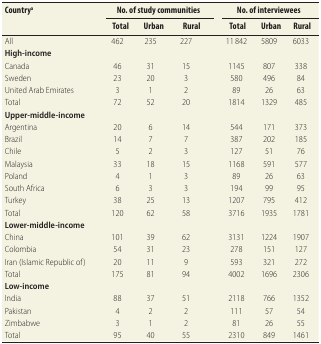
<table><thead><tr><td rowspan="2"><b>Country<sup>a</sup></b></td><td colspan="3"><b>No. of study communities</b></td><td rowspan="2"></td><td colspan="3"><b>No. of interviewees</b></td></tr><tr><td><b>Total</b></td><td><b>Urban</b></td><td><b>Rural</b></td><td><b>Total</b></td><td><b>Urban</b></td><td><b>Rural</b></td></tr></thead><tbody><tr><td>All</td><td>462</td><td>235</td><td>227</td><td></td><td>11 842</td><td>5809</td><td>6033</td></tr><tr><td><b>High-income</b></td><td></td><td></td><td></td><td></td><td></td><td></td><td></td></tr><tr><td>Canada</td><td>46</td><td>31</td><td>15</td><td></td><td>1145</td><td>807</td><td>338</td></tr><tr><td>Sweden</td><td>23</td><td>20</td><td>3</td><td></td><td>580</td><td>496</td><td>84</td></tr><tr><td>United Arab Emirates</td><td>3</td><td>1</td><td>2</td><td></td><td>89</td><td>26</td><td>63</td></tr><tr><td>Total</td><td>72</td><td>52</td><td>20</td><td></td><td>1814</td><td>1329</td><td>485</td></tr><tr><td><b>Upper-middle-income</b></td><td></td><td></td><td></td><td></td><td></td><td></td><td></td></tr><tr><td>Argentina</td><td>20</td><td>6</td><td>14</td><td></td><td>544</td><td>171</td><td>373</td></tr><tr><td>Brazil</td><td>14</td><td>7</td><td>7</td><td></td><td>387</td><td>202</td><td>185</td></tr><tr><td>Chile</td><td>5</td><td>2</td><td>3</td><td></td><td>127</td><td>51</td><td>76</td></tr><tr><td>Malaysia</td><td>33</td><td>18</td><td>15</td><td></td><td>1168</td><td>591</td><td>577</td></tr><tr><td>Poland</td><td>4</td><td>1</td><td>3</td><td></td><td>89</td><td>26</td><td>63</td></tr><tr><td>South Africa</td><td>6</td><td>3</td><td>3</td><td></td><td>194</td><td>99</td><td>95</td></tr><tr><td>Turkey</td><td>38</td><td>25</td><td>13</td><td></td><td>1207</td><td>795</td><td>412</td></tr><tr><td>Total</td><td>120</td><td>62</td><td>58</td><td></td><td>3716</td><td>1935</td><td>1781</td></tr><tr><td><b>Lower-middle-income</b></td><td></td><td></td><td></td><td></td><td></td><td></td><td></td></tr><tr><td>China</td><td>101</td><td>39</td><td>62</td><td></td><td>3131</td><td>1224</td><td>1907</td></tr><tr><td>Colombia</td><td>54</td><td>31</td><td>23</td><td></td><td>278</td><td>151</td><td>127</td></tr><tr><td>Iran (Islamic Republic of)</td><td>20</td><td>11</td><td>9</td><td></td><td>593</td><td>321</td><td>272</td></tr><tr><td>Total</td><td>175</td><td>81</td><td>94</td><td></td><td>4002</td><td>1696</td><td>2306</td></tr><tr><td><b>Low-income</b></td><td></td><td></td><td></td><td></td><td></td><td></td><td></td></tr><tr><td>India</td><td>88</td><td>37</td><td>51</td><td></td><td>2118</td><td>766</td><td>1352</td></tr><tr><td>Pakistan</td><td>4</td><td>2</td><td>2</td><td></td><td>111</td><td>57</td><td>54</td></tr><tr><td>Zimbabwe</td><td>3</td><td>1</td><td>2</td><td></td><td>81</td><td>26</td><td>55</td></tr><tr><td>Total</td><td>95</td><td>40</td><td>55</td><td></td><td>2310</td><td>849</td><td>1461</td></tr></tbody></table>